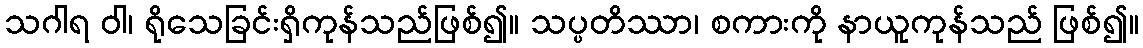
သဂါရ ဝါ၊ ရိုသေခြင်းရှိကုန်သည်ဖြစ်၍။ သပ္ပတိဿာ၊ စကားကို နာယူကုန်သည် ဖြစ်၍။